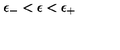
\: \epsilon _ { - } < \epsilon < \epsilon _ { + } \: